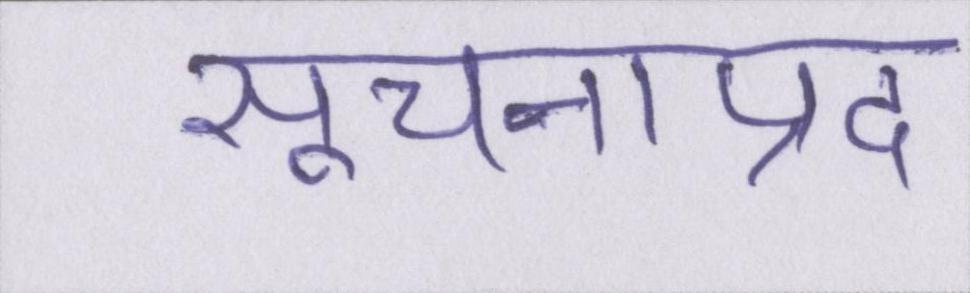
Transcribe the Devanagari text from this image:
सूचनाप्रद